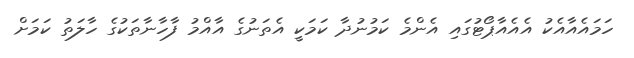
ހަމައެއާއެކު އެއެއާޕޯޓުގައި އެންމެ ކަމުނުދާ ކަމަކީ އެތަނުގެ އާއްމު ފާހާނާތަކުގެ ހާލަތު ކަމަށް